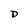
Character: D